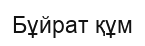
Бұйрат құм